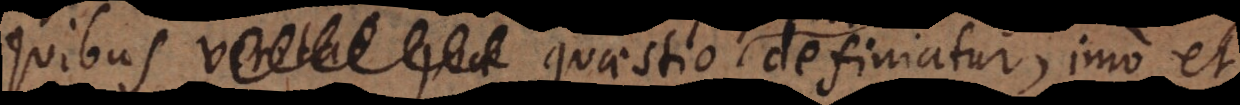
quibus veritas quae definiatur, imo et